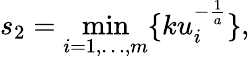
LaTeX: s_{2}=\operatorname*{min}_{i=1,\ldots,m}\{ ku_{i}^{-{\frac{1}{a}}}\} ,